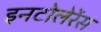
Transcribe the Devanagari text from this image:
इनटोलेरेंस